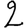
Digit: 2